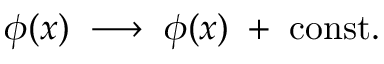
\phi ( x ) \; \longrightarrow \; \phi ( x ) \; + \; \mathrm { c o n s t } .